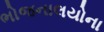
ભોજનાલયોના